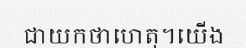
ជាយកថាហេតុ។យើង